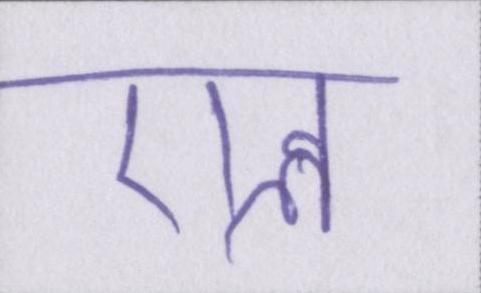
एल